Vaccine operations Central Provinces 1886-1899 - 1886-1899
Year: 1886
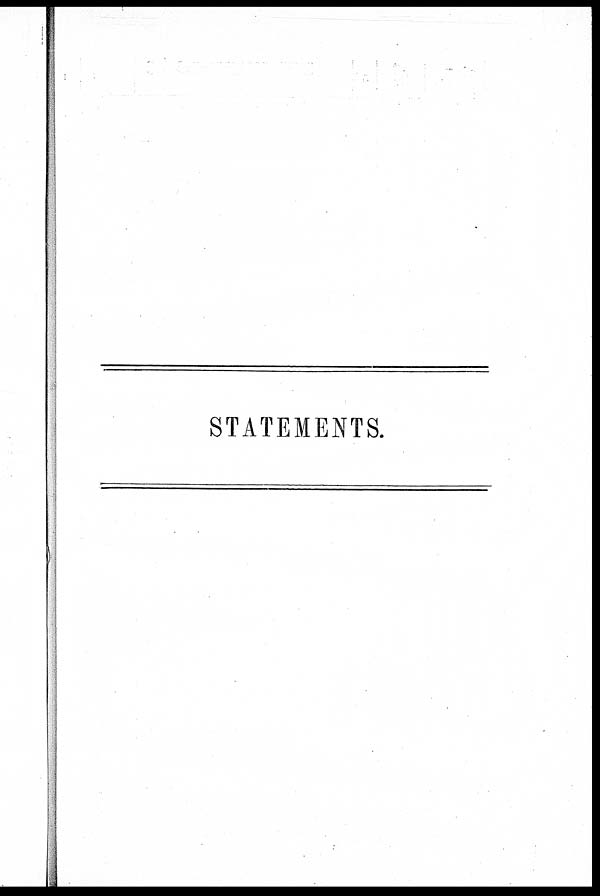
STATEMENTS.